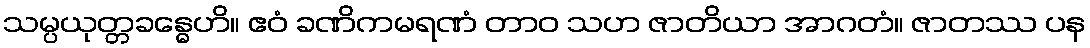
သမ္ပယုတ္တခန္ဓေဟိ။ ဧဝံ ခဏိကမရဏံ တာဝ သဟ ဇာတိယာ အာဂတံ။ ဇာတဿ ပန